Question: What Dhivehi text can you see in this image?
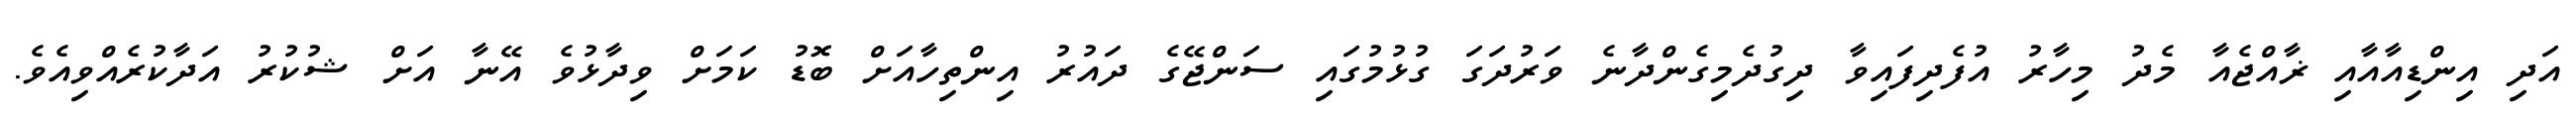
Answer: އަދި އިންޑިއާއާއި ޜާއްޖެއާ މެދު މިހާރު އުފެދިފައިވާ ދިގުދެމިގެންދާނެ ވަރުދަގަ ގުޅުމުގައި ސަންޖޭގެ ދައުރު އިންތިހާއަށް ބޮޑު ކަމަށް ވިދާޅުވެ އޭނާ އަށް ޝުކުރު އަދާކުރެއްވިއެވެ.